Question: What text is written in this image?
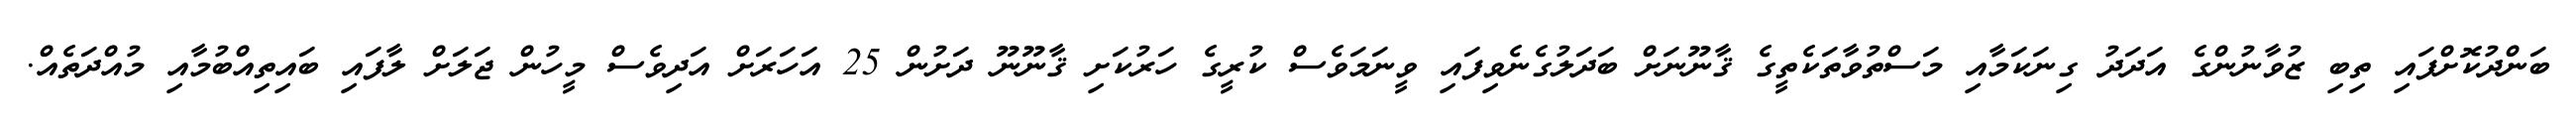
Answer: ބަންދުކޮށްފައި ތިބި ޒުވާނުންގެ އަދަދު ގިނަކަމާއި މަސްތުވާތަކެތީގެ ޤާނޫނަށް ބަދަލުގެނެވިފައި ވީނަމަވެސް ކުރީގެ ހަރުކަށި ޤާނޫނޫ ދަށުން 25 އަހަރަށް އަދިވެސް މީހުން ޖަލަށް ލާފައި ބައިތިއްބުމާއި މުއްދަތެއް.